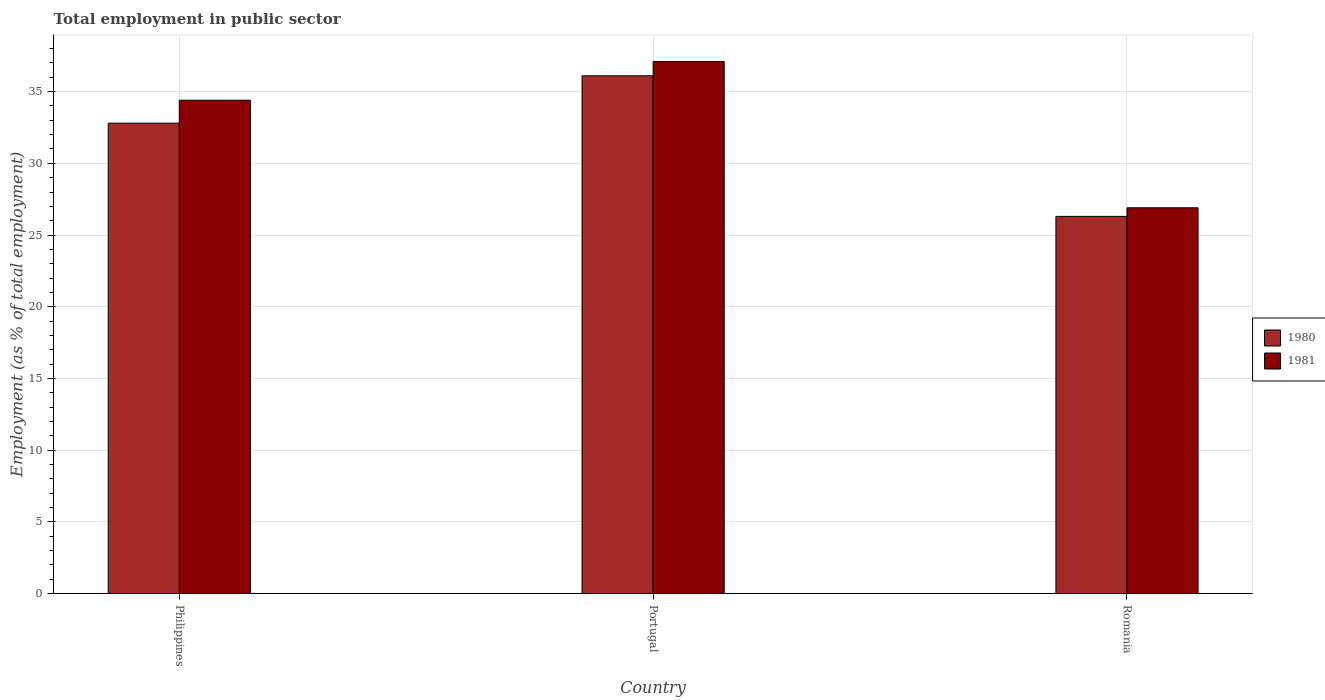
| Country | 1980 | 1981 |
 | --- | --- | --- |
 | Philippines | 32.8 | 34.4 |
 | Portugal | 36.1 | 37.1 |
 | Romania | 26.3 | 26.9 |